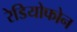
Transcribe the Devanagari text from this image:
रेडियोफोन